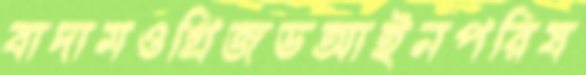
বাদামওগ্রিজডআইনপরিষ